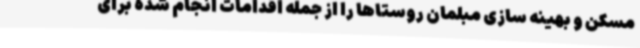
مسکن و بهینه سازی مبلمان روستاها را از جمله اقدامات انجام شده برای